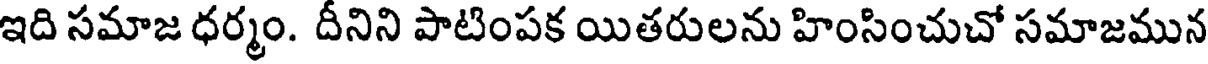
ఇది సమాజ ధర్మం. దీనిని పాటింపక యితరులను హింసించుచో సమాజమున